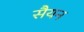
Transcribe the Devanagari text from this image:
सैयन